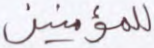
للمؤمنين